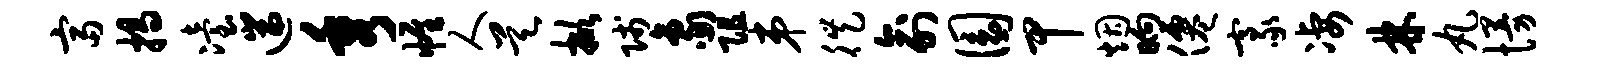
富揭冶遄秀帷人昊掀贱象阻弟徙俞圜甲烟晌仙豪凄林丸慢